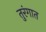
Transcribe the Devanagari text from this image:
तुरंगात